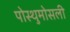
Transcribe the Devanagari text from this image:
पोस्थुमोसली